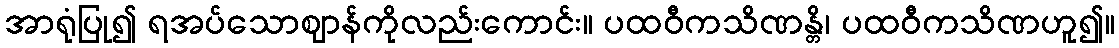
အာရုံပြု၍ ရအပ်သောဈာန်ကိုလည်းကောင်း။ ပထဝီကသိဏန္တိ၊ ပထဝီကသိဏဟူ၍။